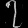
Digit: ၇